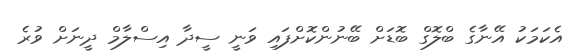
އެކަމަކު އޭނާގެ ބްލޮގް ބޮޑަށް ބޭނުންކޮށްފައި ވަނީ ސީދާ އިސްލާމް ދީނަށް ވުރެ